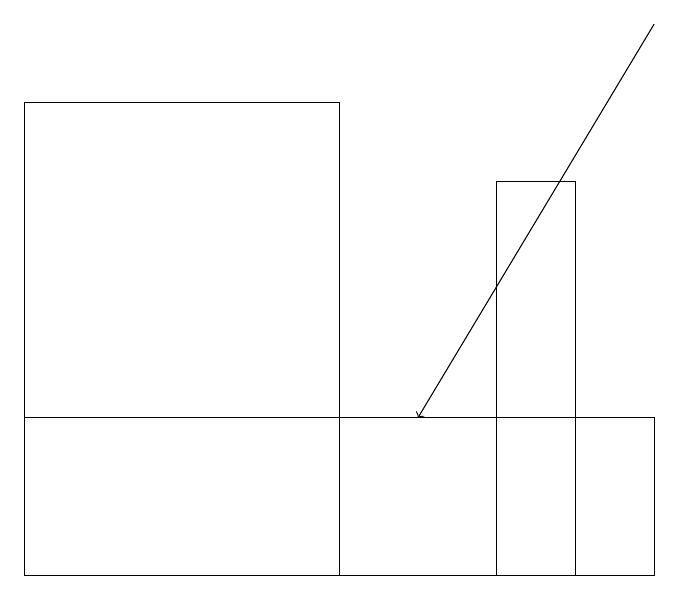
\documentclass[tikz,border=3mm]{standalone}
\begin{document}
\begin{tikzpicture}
\draw (6,11) rectangle (7,16);
\draw (8,13) rectangle (0,11);
\draw[->] (8,18) -- (5,13);
\draw (4,11) rectangle (0,17);
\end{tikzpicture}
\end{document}